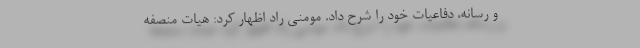
و رسانه، دفاعیات خود را شرح داد. مومنی راد اظهار کرد: هیات منصفه